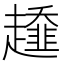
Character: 𧾓